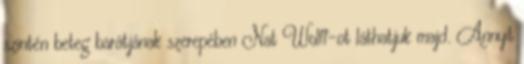
szintén beteg barátjának szerepében Nat Wolff-ot láthatjuk majd. Annyit